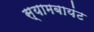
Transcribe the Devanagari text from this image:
स्‍यामबायंट